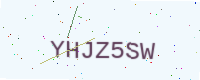
Text: YHJZ5SW